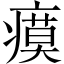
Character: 瘼